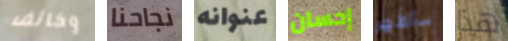
وخائف نجاحنا عنوانه إحسان سأظهر هذا